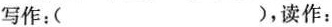
写作：（），读作：